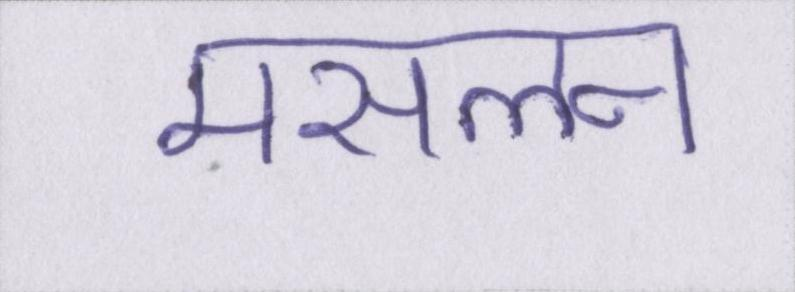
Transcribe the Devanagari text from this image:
मसलन